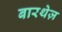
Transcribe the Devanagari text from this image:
बारथेज़